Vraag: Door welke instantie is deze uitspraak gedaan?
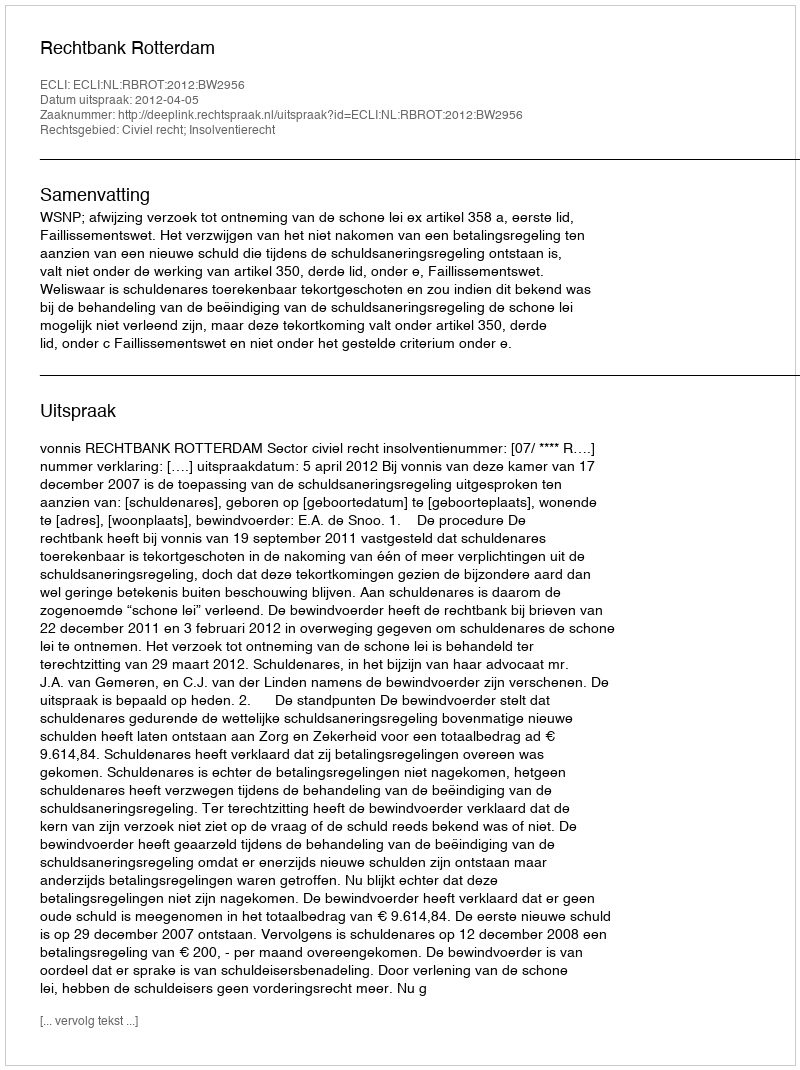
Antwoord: Rechtbank Rotterdam